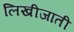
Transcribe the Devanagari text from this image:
लिखीजाती